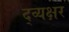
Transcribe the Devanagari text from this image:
द्व्यक्षर